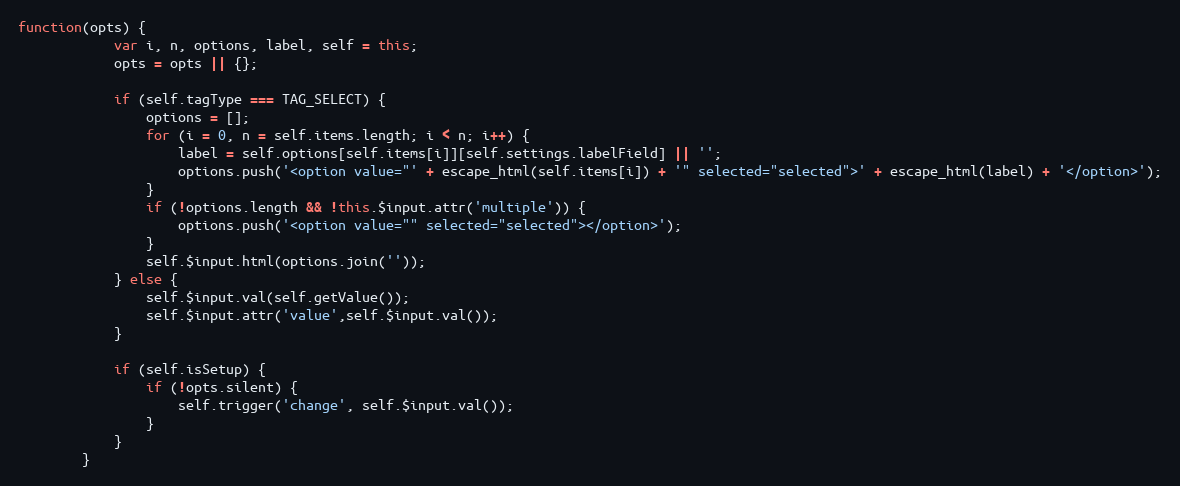
Language: JavaScript
function(opts) {
			var i, n, options, label, self = this;
			opts = opts || {};

			if (self.tagType === TAG_SELECT) {
				options = [];
				for (i = 0, n = self.items.length; i < n; i++) {
					label = self.options[self.items[i]][self.settings.labelField] || '';
					options.push('<option value="' + escape_html(self.items[i]) + '" selected="selected">' + escape_html(label) + '</option>');
				}
				if (!options.length && !this.$input.attr('multiple')) {
					options.push('<option value="" selected="selected"></option>');
				}
				self.$input.html(options.join(''));
			} else {
				self.$input.val(self.getValue());
				self.$input.attr('value',self.$input.val());
			}

			if (self.isSetup) {
				if (!opts.silent) {
					self.trigger('change', self.$input.val());
				}
			}
		}